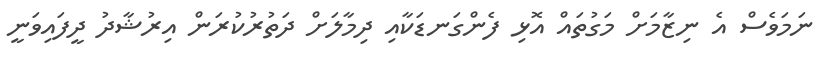
ނަމަވެސް އެ ނިޒާމަށް މަގުތައް އޮޅި ފެންގަނޑަކާއި ދިމާލަށް ދަތުރުކުރަން އިރުޝާދު ދީފައިވަނީ